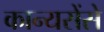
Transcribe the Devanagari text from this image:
कान्यसेंसे